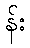
န်း